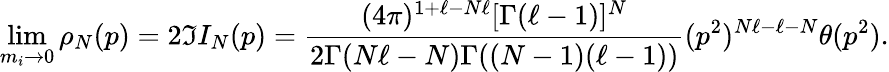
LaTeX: \operatorname*{lim}_{m_{i}\rightarrow 0}\rho_{N}(p)=2\Im I_{N}(p)=\frac{(4\pi)^{1+\ell-N\ell}[\Gamma(\ell-1)]^{N}}{2\Gamma(N\ell-N)\Gamma((N-1)(\ell-1))}(p^{2})^{N\ell-\ell-N}\theta(p^{2}).